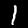
Label: 1